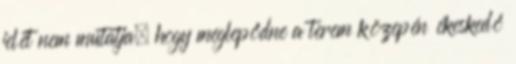
jelét nem mutatja, hogy meglepődne a terem közepén ékeskedő